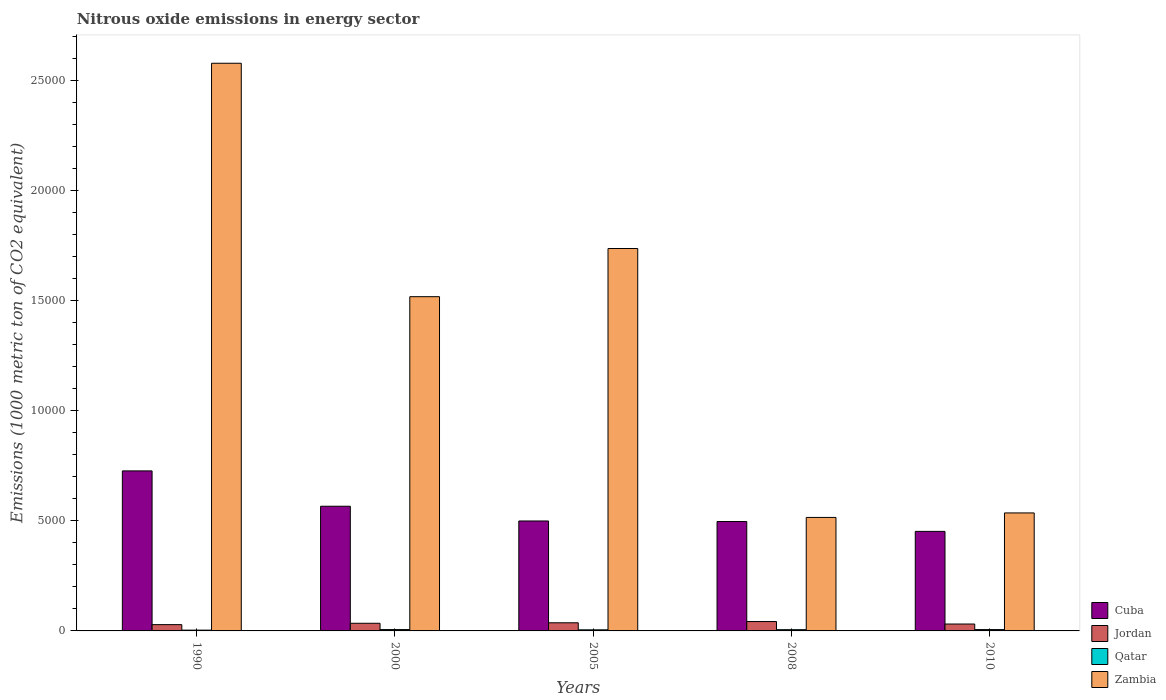
| Years | Cuba | Jordan | Qatar | Zambia |
 | --- | --- | --- | --- | --- |
 | 1990 | 7.27e+03 | 286 | 36 | 2.58e+04 |
 | 2000 | 5.66e+03 | 347 | 61.6 | 1.52e+04 |
 | 2005 | 4.99e+03 | 370 | 49.9 | 1.74e+04 |
 | 2008 | 4.97e+03 | 426 | 56.6 | 5.15e+03 |
 | 2010 | 4.52e+03 | 313 | 60.6 | 5.36e+03 |